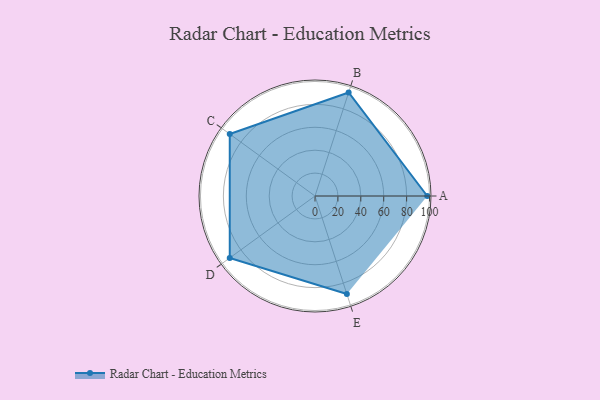
{"axis": {"x": "Skill", "y": "Score"}, "legend": ["Profile"], "data": [{"x": "A", "y": 98.0, "type": "Profile"}, {"x": "B", "y": 95.0, "type": "Profile"}, {"x": "C", "y": 92.0, "type": "Profile"}, {"x": "D", "y": 92.0, "type": "Profile"}, {"x": "E", "y": 90.0, "type": "Profile"}]}